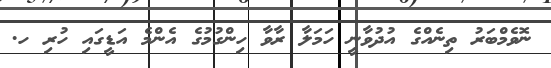
ނޮވެމްބަރު ތިނެއްގެ އުދުވާނީ ހަަމަލާ ރާވާ ހިންގުމުގެ އެންމެ އަޑީގައި ހުރި ހ.